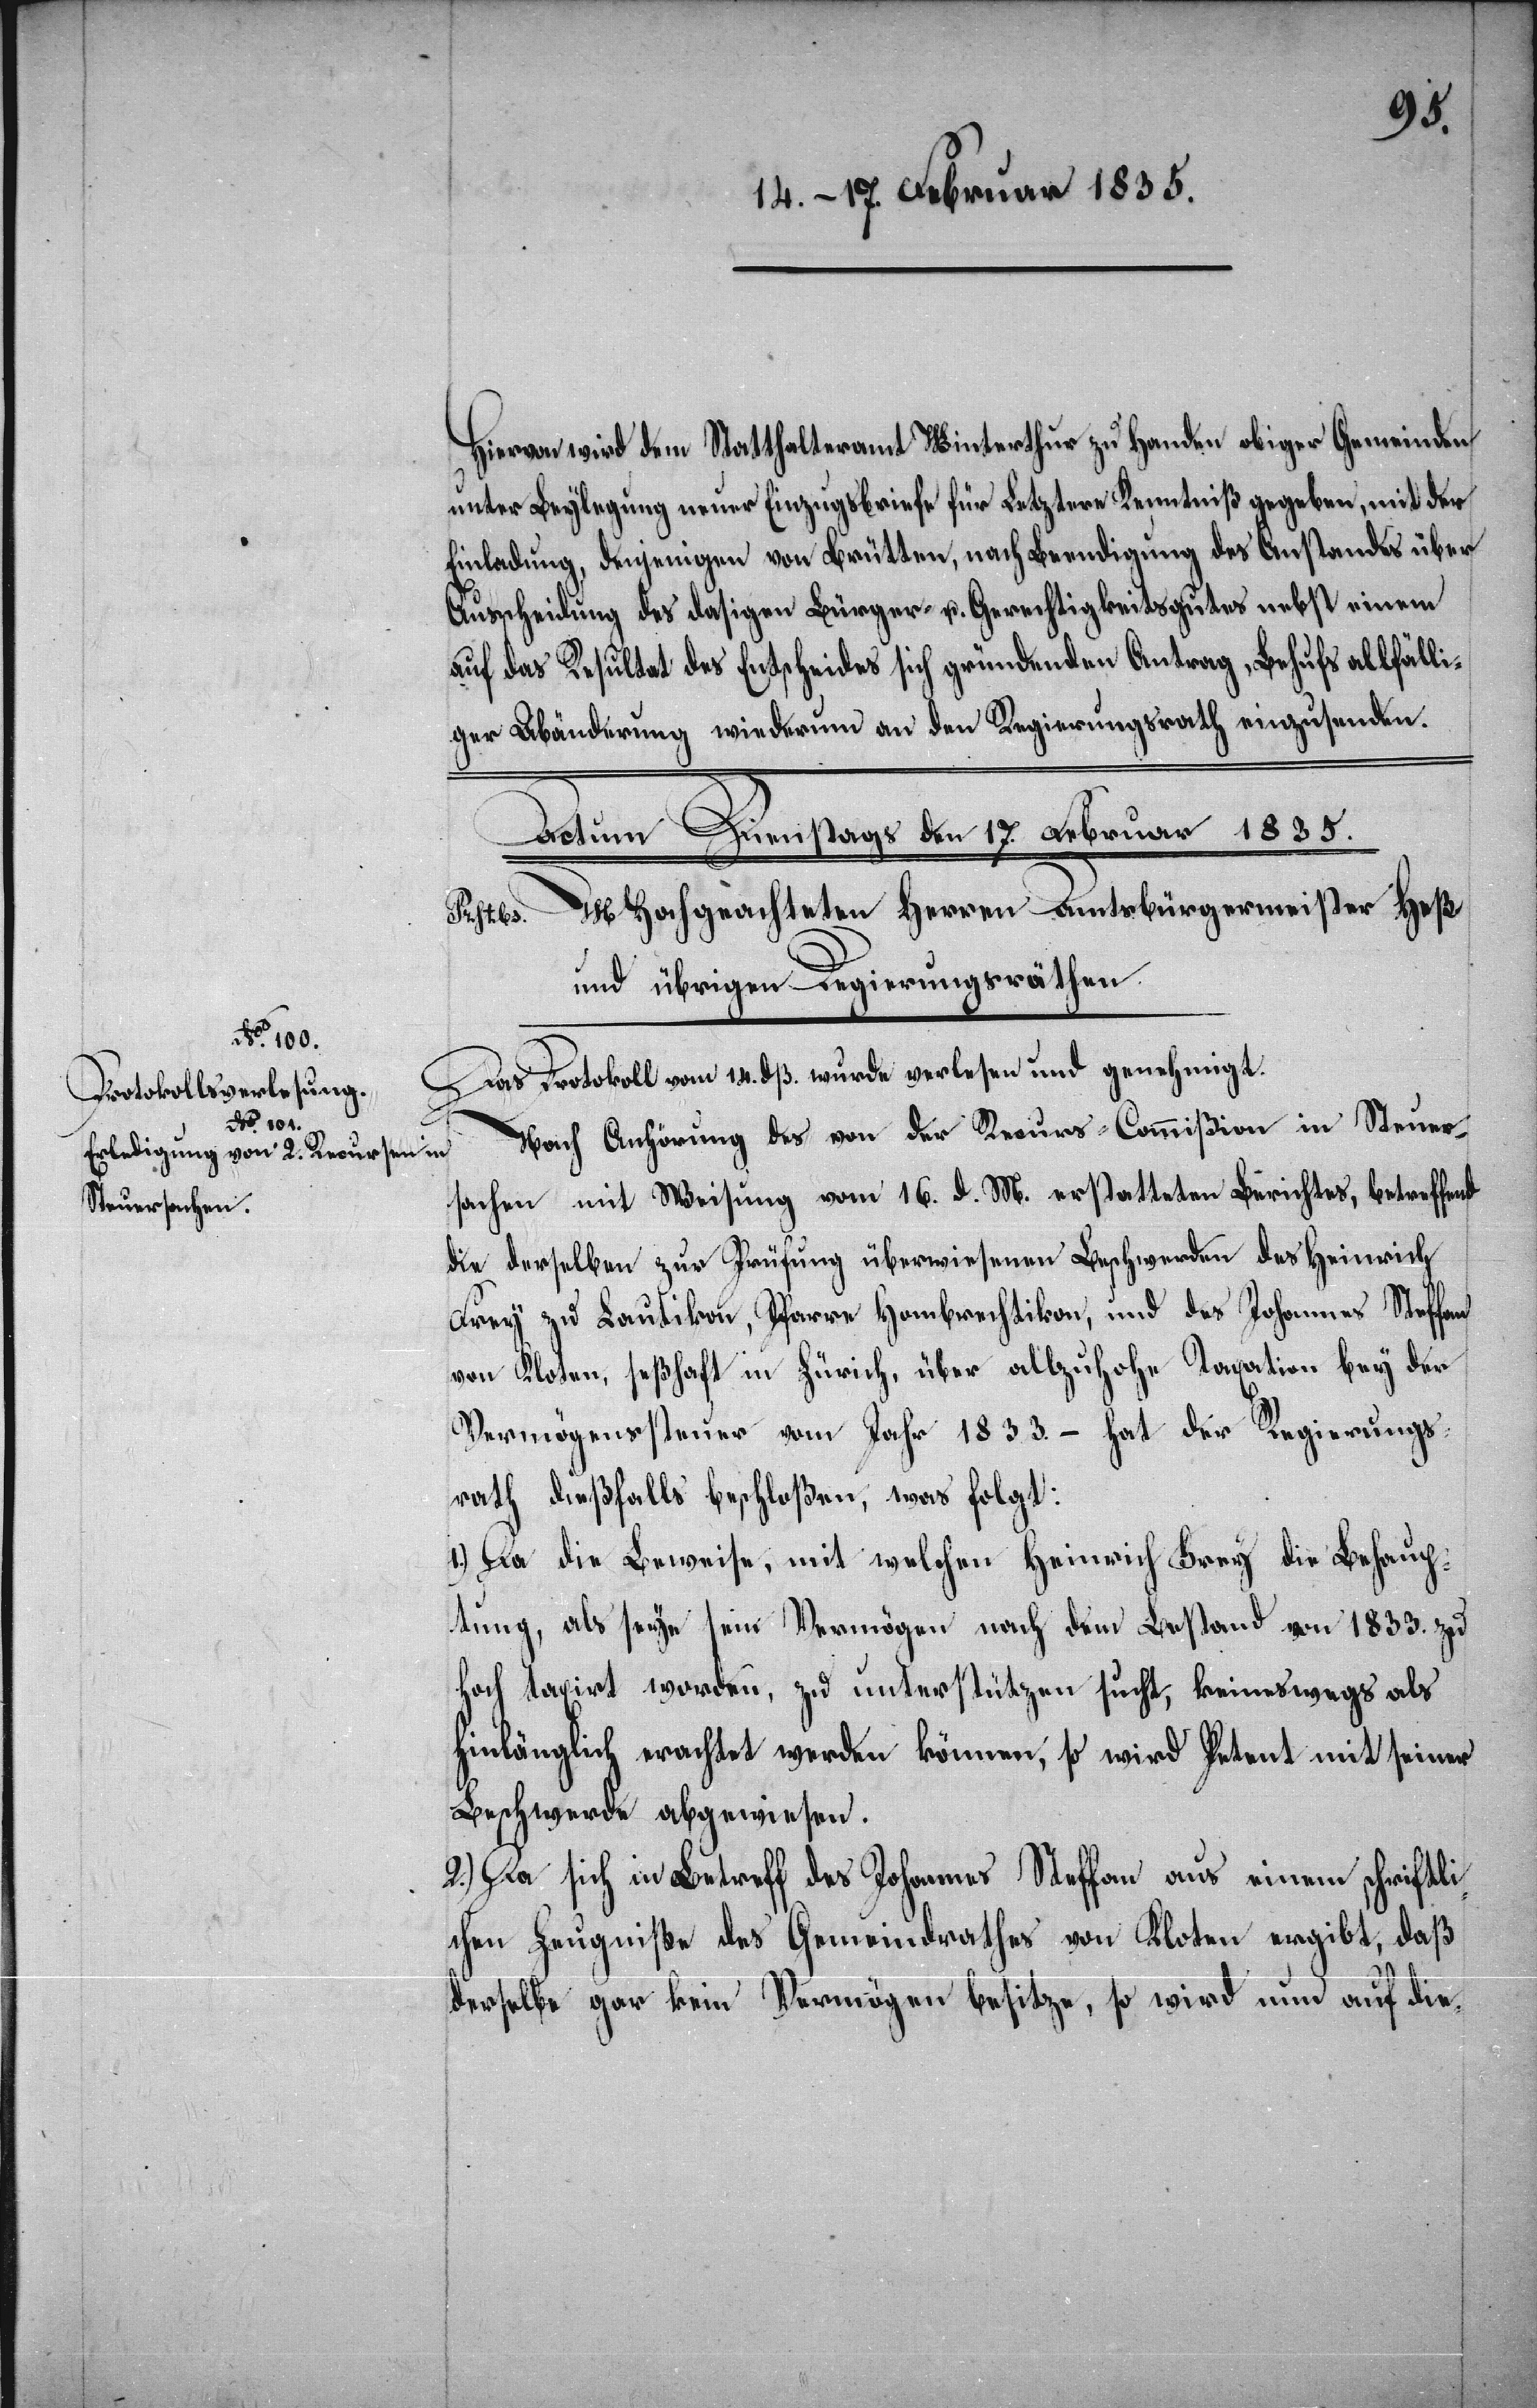
Hiervon wird dem Statthalteramt Winterthur zu Handen obiger Gemeinden
unter Beylegung neuer Einzugsbriefe für Letztere Kenntniß gegeben, mit der
Einladung, denjenigen von Brütten, nach Beendigung des Anstandes über
Ausscheidung des dasigen Bürger- u. Gerechtigkeitsgutes nebst einem
auf das Resultat des Entscheides sich gründenden Antrag, Behufs allfälli¬
ger Abänderung wiederum an den Regierungsrath einzusenden.
Das Protokoll vom 14. d. M. wurde verlesen und genehmigt.
Nach Anhörung des von der Recurs-Commißion in Steuer¬
sachen mit Weisung vom 16. d. M. erstatteten Berichtes, betreffend
die derselben zur Prüfung überwiesenen Beschwerden des Heinrich
Frey zu Lautikon, Pfarre Hombrechtikon, und des Johannes Steffan
von Kloten, seßhaft in Zürich, über allzuhohe Taxation bey der
Vermögenssteuer vom Jahr 1833. – hat der Regierungs¬
rath dießfalls beschloßen, was folgt:
1.) Da die Beweise, mit welchen Heinrich Frey die Behaup¬
tung, als seye sein Vermögen nach dem Bestand von 1833. zu
hoch taxirt worden, zu unterstützen sucht, keineswegs als
hinlänglich erachtet werden können, so wird Petent mit seiner
Beschwerde abgewiesen.
2.) Da sich in Betreff des Johannes Steffan aus einem schriftli¬
chen Zeugniße des Gemeindrathes von Kloten ergibt, daß
derselbe gar kein Vermögen besitze, so wird nun auf die-